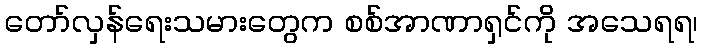
တော်လှန်ရေးသမားတွေက စစ်အာဏာရှင်ကို အသေရရ၊